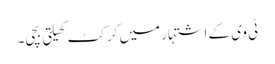
ٹی وی کے اشتہار میں کرکٹ کھیلتی بچی۔